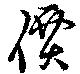
價